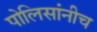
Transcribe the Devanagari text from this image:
पोलिसांनीच